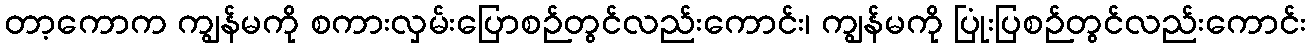
တာ့ကောက ကျွန်မကို စကားလှမ်းပြောစဉ်တွင်လည်းကောင်း၊ ကျွန်မကို ပြုံးပြစဉ်တွင်လည်းကောင်း